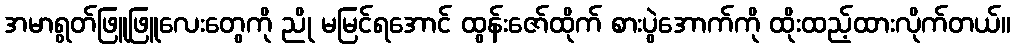
အမာရွတ်ဖြူဖြူလေးတွေကို ညို မမြင်ရအောင် ထွန်းဇော်ထိုက် စားပွဲအောက်ကို ထိုးထည့်ထားလိုက်တယ်။